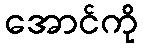
အောင်ကို